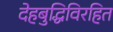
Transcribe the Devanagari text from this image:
देहबुद्धिविरहित